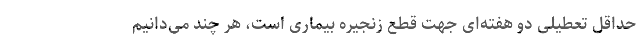
حداقل تعطیلی دو هفته‌ای جهت قطع زنجیره بیماری است، هر چند می‌دانیم